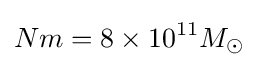
Nm=8\times 10^{11}M_{\odot }